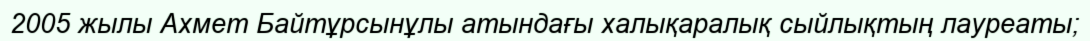
2005 жылы Ахмет Байтұрсынұлы атындағы халықаралық сыйлықтың лауреаты;